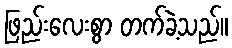
ဖြည်းလေးစွာ တက်ခဲ့သည်။